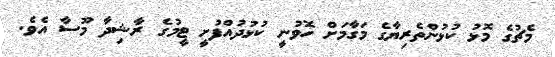
މެޗުގެ މޮޅު ކުޅުންތެރިޔާގެ މަގާމަށް ހޮވުނީ ކުޅުދުއްފުށީ ޓީމުގެ ރާޝިދާ މޫސާ އެވެ.